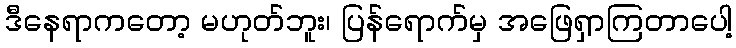
ဒီနေရာကတော့ မဟုတ်ဘူး၊ ပြန်ရောက်မှ အဖြေရှာကြတာပေါ့